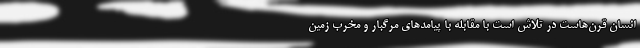
انسان قرن‌هاست در تلاش است با مقابله با پیامدهای مرگبار و مخرب زمین